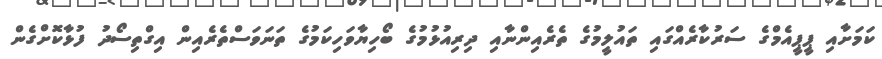
ކަމަށާއި ޕީޕީއެމްގެ ސަރުކާރެއްގައި ތައުލީމުގެ ތެރެއިންނާއި ދިރިއުޅުމުގެ ބޯހިޔާވަހިކަމުގެ ތަނަވަސްތެރެއިން އިގްތިސޯދު ފުޅާކޮށްގެން